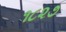
૧૮૨૭